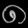
Digit: ၈